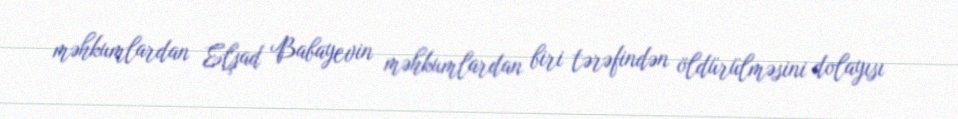
məhkumlardan Elşad Babayevin məhkumlardan biri tərəfindən öldürülməsini dolayısı